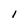
Character: l